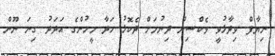
ނިޔާފް ވިދާޅުވީ ވެކްސިން ދިނުމަށް ދެކޮޅު ހަދާ މީހުންގެ އަދަދު ގިނަ ނޫން